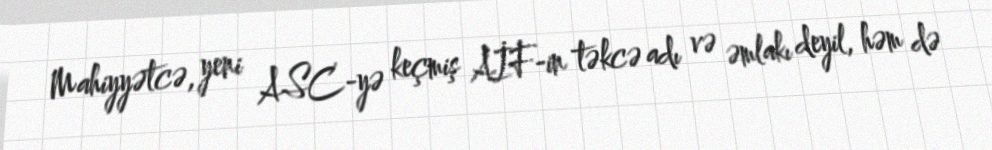
Mahiyyətcə, yeni ASC-yə keçmiş AİF-in təkcə adı və əmlakı deyil, həm də